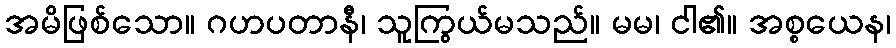
အမိဖြစ်သော။ ဂဟပတာနီ၊ သူကြွယ်မသည်။ မမ၊ ငါ၏။ အစ္စယေန၊